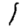
Digit: 1